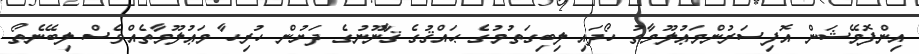
އިންފޮމޭޝަން އޮފިސަރުންމަޢުލޫމާތު ހޯދައި ލިބިގަތުމުގެ ޙައްޤުގެ ޤާނޫނުގެ ދަށުން ހުރިހާ މަޢުލޫމާތެއްވެސް ލިބޭނެތޯ